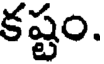
కష్టం.